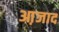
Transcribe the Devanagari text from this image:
आ़जाद